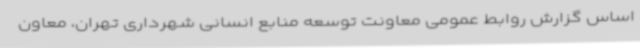
اساس گزارش روابط عمومی معاونت توسعه منابع انسانی شهرداری تهران، معاون